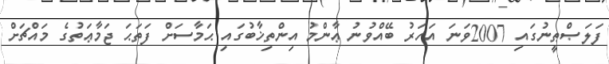
ފަލަޞްޠީނުގައި 2007ވަނަ އަހަރު ބޭއްވުނު ޢާންމު އިންތިޚާބުގައި ޙަމާސަށް ފަތަޙަ ޖަމާޢަތުގެ މައްޗަށް